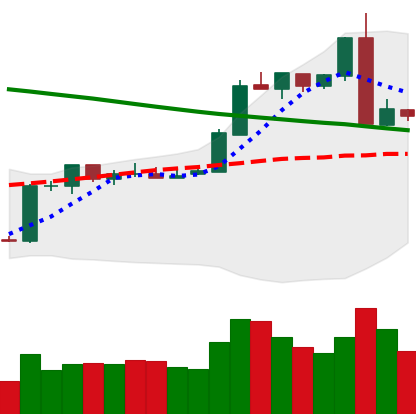
Ticker: ETH-USD
Chart end date: 2019-02-26
Forward return: -4.229%
Label: down_3_5